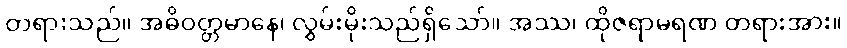
တရားသည်။ အဓိဝတ္တမာနေ၊ လွှမ်းမိုးသည်ရှိသော်။ အဿ၊ ထိုဇရာမရဏ တရားအား။